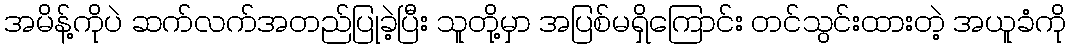
အမိန့်ကိုပဲ ဆက်လက်အတည်ပြုခဲ့ပြီး သူတို့မှာ အပြစ်မရှိကြောင်း တင်သွင်းထားတဲ့ အယူခံကို